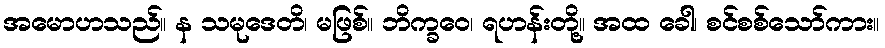
အမောဟသည်။ န သမုဒေတိ၊ မဖြစ်။ ဘိက္ခဝေ၊ ရဟန်းတို့။ အထ ခေါ၊ စင်စစ်သော်ကား။